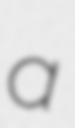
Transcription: a